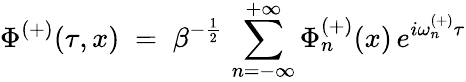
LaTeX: \Phi^{(+)}(\tau,x)\; =\; \beta^{-\frac{1}{2}}\, \sum_{n=-\infty}^{+\infty}\Phi_{n}^{(+)}(x)\, e^{i\omega_{n}^{(+)}\tau}